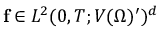
\mathbf { f } \in L ^ { 2 } ( 0 , T ; V ( \Omega ) ^ { \prime } ) ^ { d }